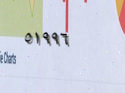
٥١٩٩٦